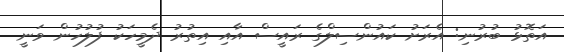
އަތޮޅު ބުރުނި: އެރަށު ކައުންސިލްގެ ރައީސް އާއި އިތުރު ދެމީހަކު ފުލުހުން ވަނީ